Annual report of the Central Committee of the Association together with the report of the directors of the Pasteur Institute at Kasauli
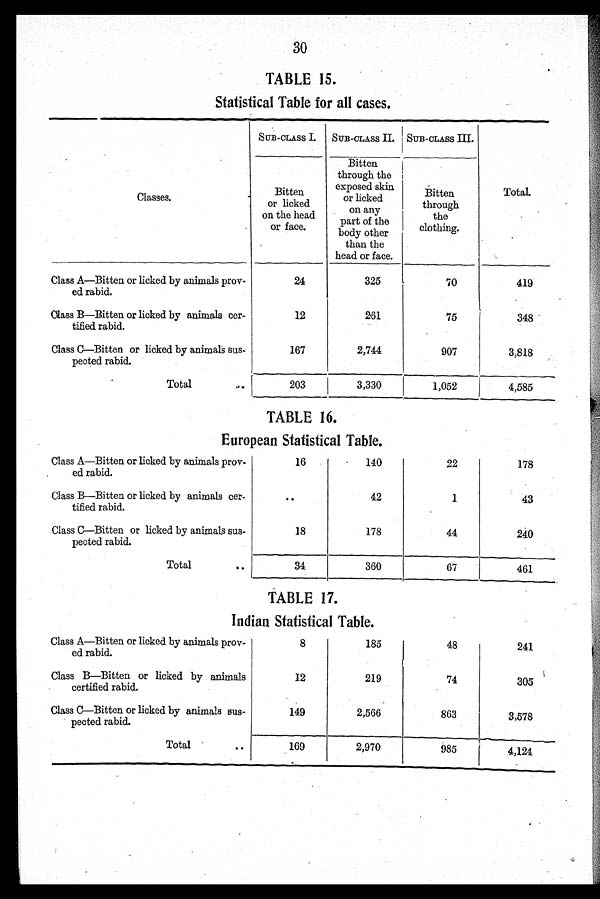
30
TABLE 15.
Statistical Table for all cases.
Classes.
SUB-CLASS I. SUB-CLASS II. SUB-CLASS III.
Total.
Bitten
or licked
on the head
or face.
Bitten
through the
exposed skin
or licked
any
part of the
body other
than the
head or face.
Bitten
through
the
clothing.
Class A—Bitten or licked by animals prov-
ed rabid.
24
325
70
419
Class B—Bitten or licked by animals cer-
tified rabid.
12
261
75
348
Class C—Bitten or licked by animals sus-
pected rabid.
167
2,744
907
3,818
Total
203
3,330
1,052
4,585
TABLE 16.
European Statistical Table.
Class A—Bitten or licked by animals prov-
ed rabid.
16
140
22
178
Class B—Bitten or licked by animals cer-
tified rabid.
. .
42
1
43
Class C—Bitten or licked by animals sus-
pected rabid.
18
178
44
240
Total
34
360
67
461
TABLE 17.
Indian Statistical Table.
Class A—Bitten or licked by animals prov-
ed rabid.
8
185
48
241
Class B—Bitten or licked by animals
certified rabid.
12
219
74
305
Class C—Bitten or licked by animals sus-
pected rabid.
149
2,566
863
3,578
Total
169
2,970
985
4,124